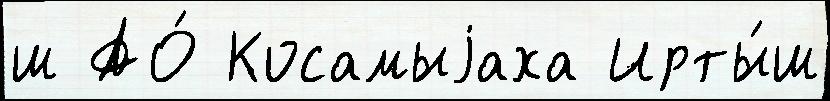
ш АО́ Косамыjаха Ирты́ш